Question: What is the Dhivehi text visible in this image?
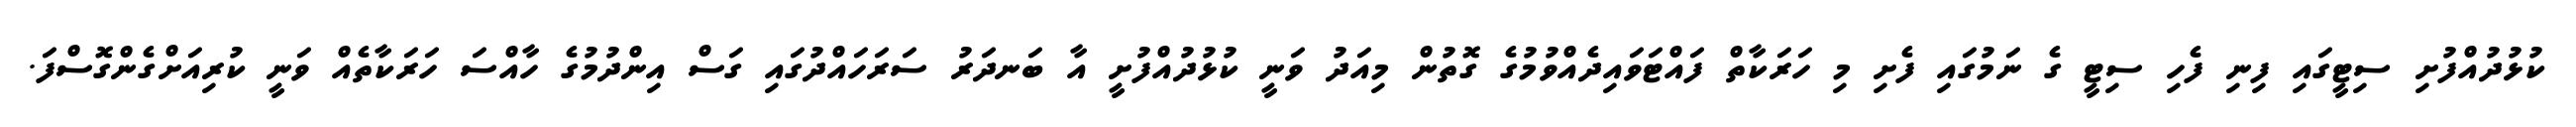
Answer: ކުޅުދުއްފުށި ސިޓީގައި ފިނި ފެހި ސިޓީ ގެ ނަމުގައި ފެށި މި ހަރަކާތް ފައްޓަވައިދެއްވުމުގެ ގޮތުން މިއަދު ވަނީ ކުޅުދުއްފުށީ އާ ބަނދަރު ސަރަހައްދުގައި ގަސް އިންދުމުގެ ހާއްސަ ހަރަކާތެއް ވަނީ ކުރިއަށްގެންގޮސްފަ.